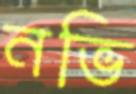
নভি